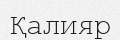
Қалияр